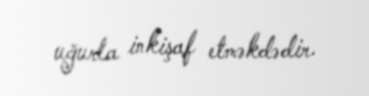
uğurla inkişaf etməkdədir.